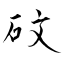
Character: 砇